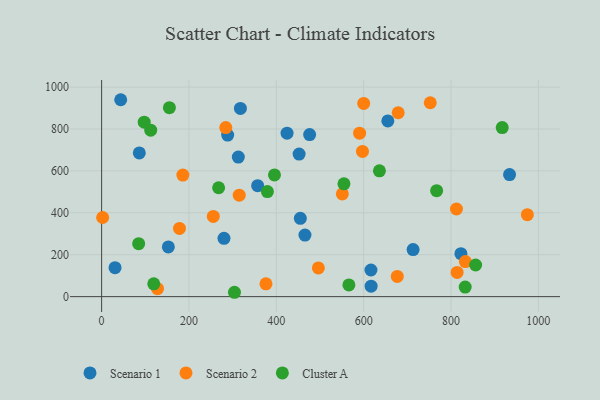
{"axis": {"x": "Investment", "y": "Yield"}, "legend": ["Cluster A", "Scenario 1", "Scenario 2"], "data": [{"x": "86.3", "y": 685.6, "type": "Scenario 1"}, {"x": "43.7", "y": 939.6, "type": "Scenario 1"}, {"x": "424.6", "y": 780.0, "type": "Scenario 1"}, {"x": "655.4", "y": 838.3, "type": "Scenario 1"}, {"x": "616.7", "y": 127.2, "type": "Scenario 1"}, {"x": "313.0", "y": 665.8, "type": "Scenario 1"}, {"x": "152.8", "y": 237.4, "type": "Scenario 1"}, {"x": "452.2", "y": 680.3, "type": "Scenario 1"}, {"x": "317.8", "y": 898.0, "type": "Scenario 1"}, {"x": "455.0", "y": 373.7, "type": "Scenario 1"}, {"x": "288.6", "y": 770.8, "type": "Scenario 1"}, {"x": "822.7", "y": 204.9, "type": "Scenario 1"}, {"x": "476.3", "y": 773.2, "type": "Scenario 1"}, {"x": "280.2", "y": 278.3, "type": "Scenario 1"}, {"x": "617.1", "y": 49.9, "type": "Scenario 1"}, {"x": "934.1", "y": 582.4, "type": "Scenario 1"}, {"x": "30.7", "y": 138.0, "type": "Scenario 1"}, {"x": "465.6", "y": 293.9, "type": "Scenario 1"}, {"x": "357.3", "y": 529.5, "type": "Scenario 1"}, {"x": "713.2", "y": 224.7, "type": "Scenario 1"}, {"x": "597.3", "y": 692.9, "type": "Scenario 2"}, {"x": "284.3", "y": 806.5, "type": "Scenario 2"}, {"x": "255.7", "y": 382.9, "type": "Scenario 2"}, {"x": "600.1", "y": 921.9, "type": "Scenario 2"}, {"x": "496.3", "y": 137.0, "type": "Scenario 2"}, {"x": "376.3", "y": 61.0, "type": "Scenario 2"}, {"x": "128.0", "y": 38.2, "type": "Scenario 2"}, {"x": "2.3", "y": 377.6, "type": "Scenario 2"}, {"x": "814.0", "y": 115.7, "type": "Scenario 2"}, {"x": "677.0", "y": 96.4, "type": "Scenario 2"}, {"x": "752.5", "y": 925.1, "type": "Scenario 2"}, {"x": "551.2", "y": 489.9, "type": "Scenario 2"}, {"x": "812.5", "y": 418.2, "type": "Scenario 2"}, {"x": "974.9", "y": 390.9, "type": "Scenario 2"}, {"x": "315.1", "y": 484.2, "type": "Scenario 2"}, {"x": "590.7", "y": 780.1, "type": "Scenario 2"}, {"x": "186.0", "y": 580.0, "type": "Scenario 2"}, {"x": "679.1", "y": 877.5, "type": "Scenario 2"}, {"x": "178.3", "y": 325.4, "type": "Scenario 2"}, {"x": "833.0", "y": 167.2, "type": "Scenario 2"}, {"x": "554.9", "y": 538.4, "type": "Cluster A"}, {"x": "119.4", "y": 61.1, "type": "Cluster A"}, {"x": "379.6", "y": 501.1, "type": "Cluster A"}, {"x": "112.4", "y": 794.3, "type": "Cluster A"}, {"x": "856.4", "y": 150.9, "type": "Cluster A"}, {"x": "304.2", "y": 20.8, "type": "Cluster A"}, {"x": "566.2", "y": 55.8, "type": "Cluster A"}, {"x": "84.8", "y": 252.8, "type": "Cluster A"}, {"x": "97.5", "y": 832.7, "type": "Cluster A"}, {"x": "267.9", "y": 519.6, "type": "Cluster A"}, {"x": "636.1", "y": 600.3, "type": "Cluster A"}, {"x": "917.3", "y": 806.5, "type": "Cluster A"}, {"x": "155.2", "y": 901.5, "type": "Cluster A"}, {"x": "767.1", "y": 505.5, "type": "Cluster A"}, {"x": "395.8", "y": 580.8, "type": "Cluster A"}, {"x": "832.5", "y": 45.4, "type": "Cluster A"}]}